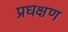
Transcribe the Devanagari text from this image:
प्रधक्षण